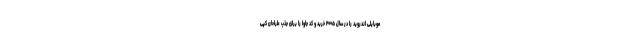
موبایلی اندروید را در سال ۲۰۰۵ خرید و کد جاوا را برای جذب طراحان کپی